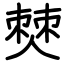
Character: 僰